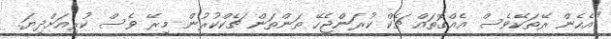
"އެހެން ރޭތަކޭވެސް އެއްގޮތައް ޗެކް ކުރަންޖެހޭ ތަންތަން ޗެކްކުރުން މިރޭ ވެސް ކުރިއަށްދިޔަ.